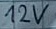
Text: 12V